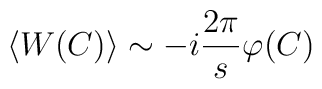
\langle W(C)\rangle\sim -i\frac{2\pi}{s}\varphi(C)